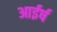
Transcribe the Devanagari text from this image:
आईर्ष